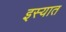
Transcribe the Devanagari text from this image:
इस्यात